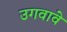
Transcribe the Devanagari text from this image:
उगवावे